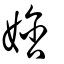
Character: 娢